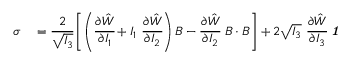
\begin{array} { r l } { { \boldsymbol { \sigma } } } & { { } = { \cfrac { 2 } { \sqrt { I _ { 3 } } } } \left[ \left( { \cfrac { \partial { \hat { W } } } { \partial I _ { 1 } } } + I _ { 1 } ~ { \cfrac { \partial { \hat { W } } } { \partial I _ { 2 } } } \right) { \boldsymbol { B } } - { \cfrac { \partial { \hat { W } } } { \partial I _ { 2 } } } ~ { \boldsymbol { B } } \cdot { \boldsymbol { B } } \right] + 2 { \sqrt { I _ { 3 } } } ~ { \cfrac { \partial { \hat { W } } } { \partial I _ { 3 } } } ~ { \boldsymbol { \mathit { 1 } } } } \end{array}